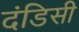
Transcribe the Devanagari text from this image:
दंडिसी